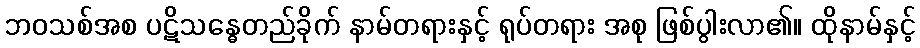
ဘဝသစ်အစ ပဋိသန္ဓေတည်ခိုက် နာမ်တရားနှင့် ရုပ်တရား အစု ဖြစ်ပွါးလာ၏။ ထိုနာမ်နှင့်